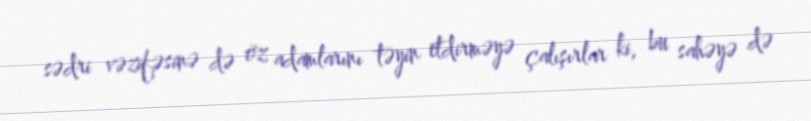
sədri vəzifəsinə də öz adamlarını təyin etdirməyə çalışırlar ki, bu sahəyə də